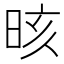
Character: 晐